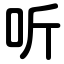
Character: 听